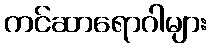
ကင်ဆာရောဂါများ